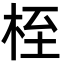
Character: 桎